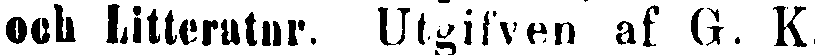
och Litteratur. Utgifven af G. K.